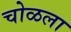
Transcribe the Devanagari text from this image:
चोळला